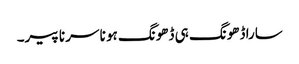
سارا ڈھونگ ہی ڈھونگ ہو نا سر نا پیر۔